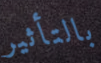
بالتأثير